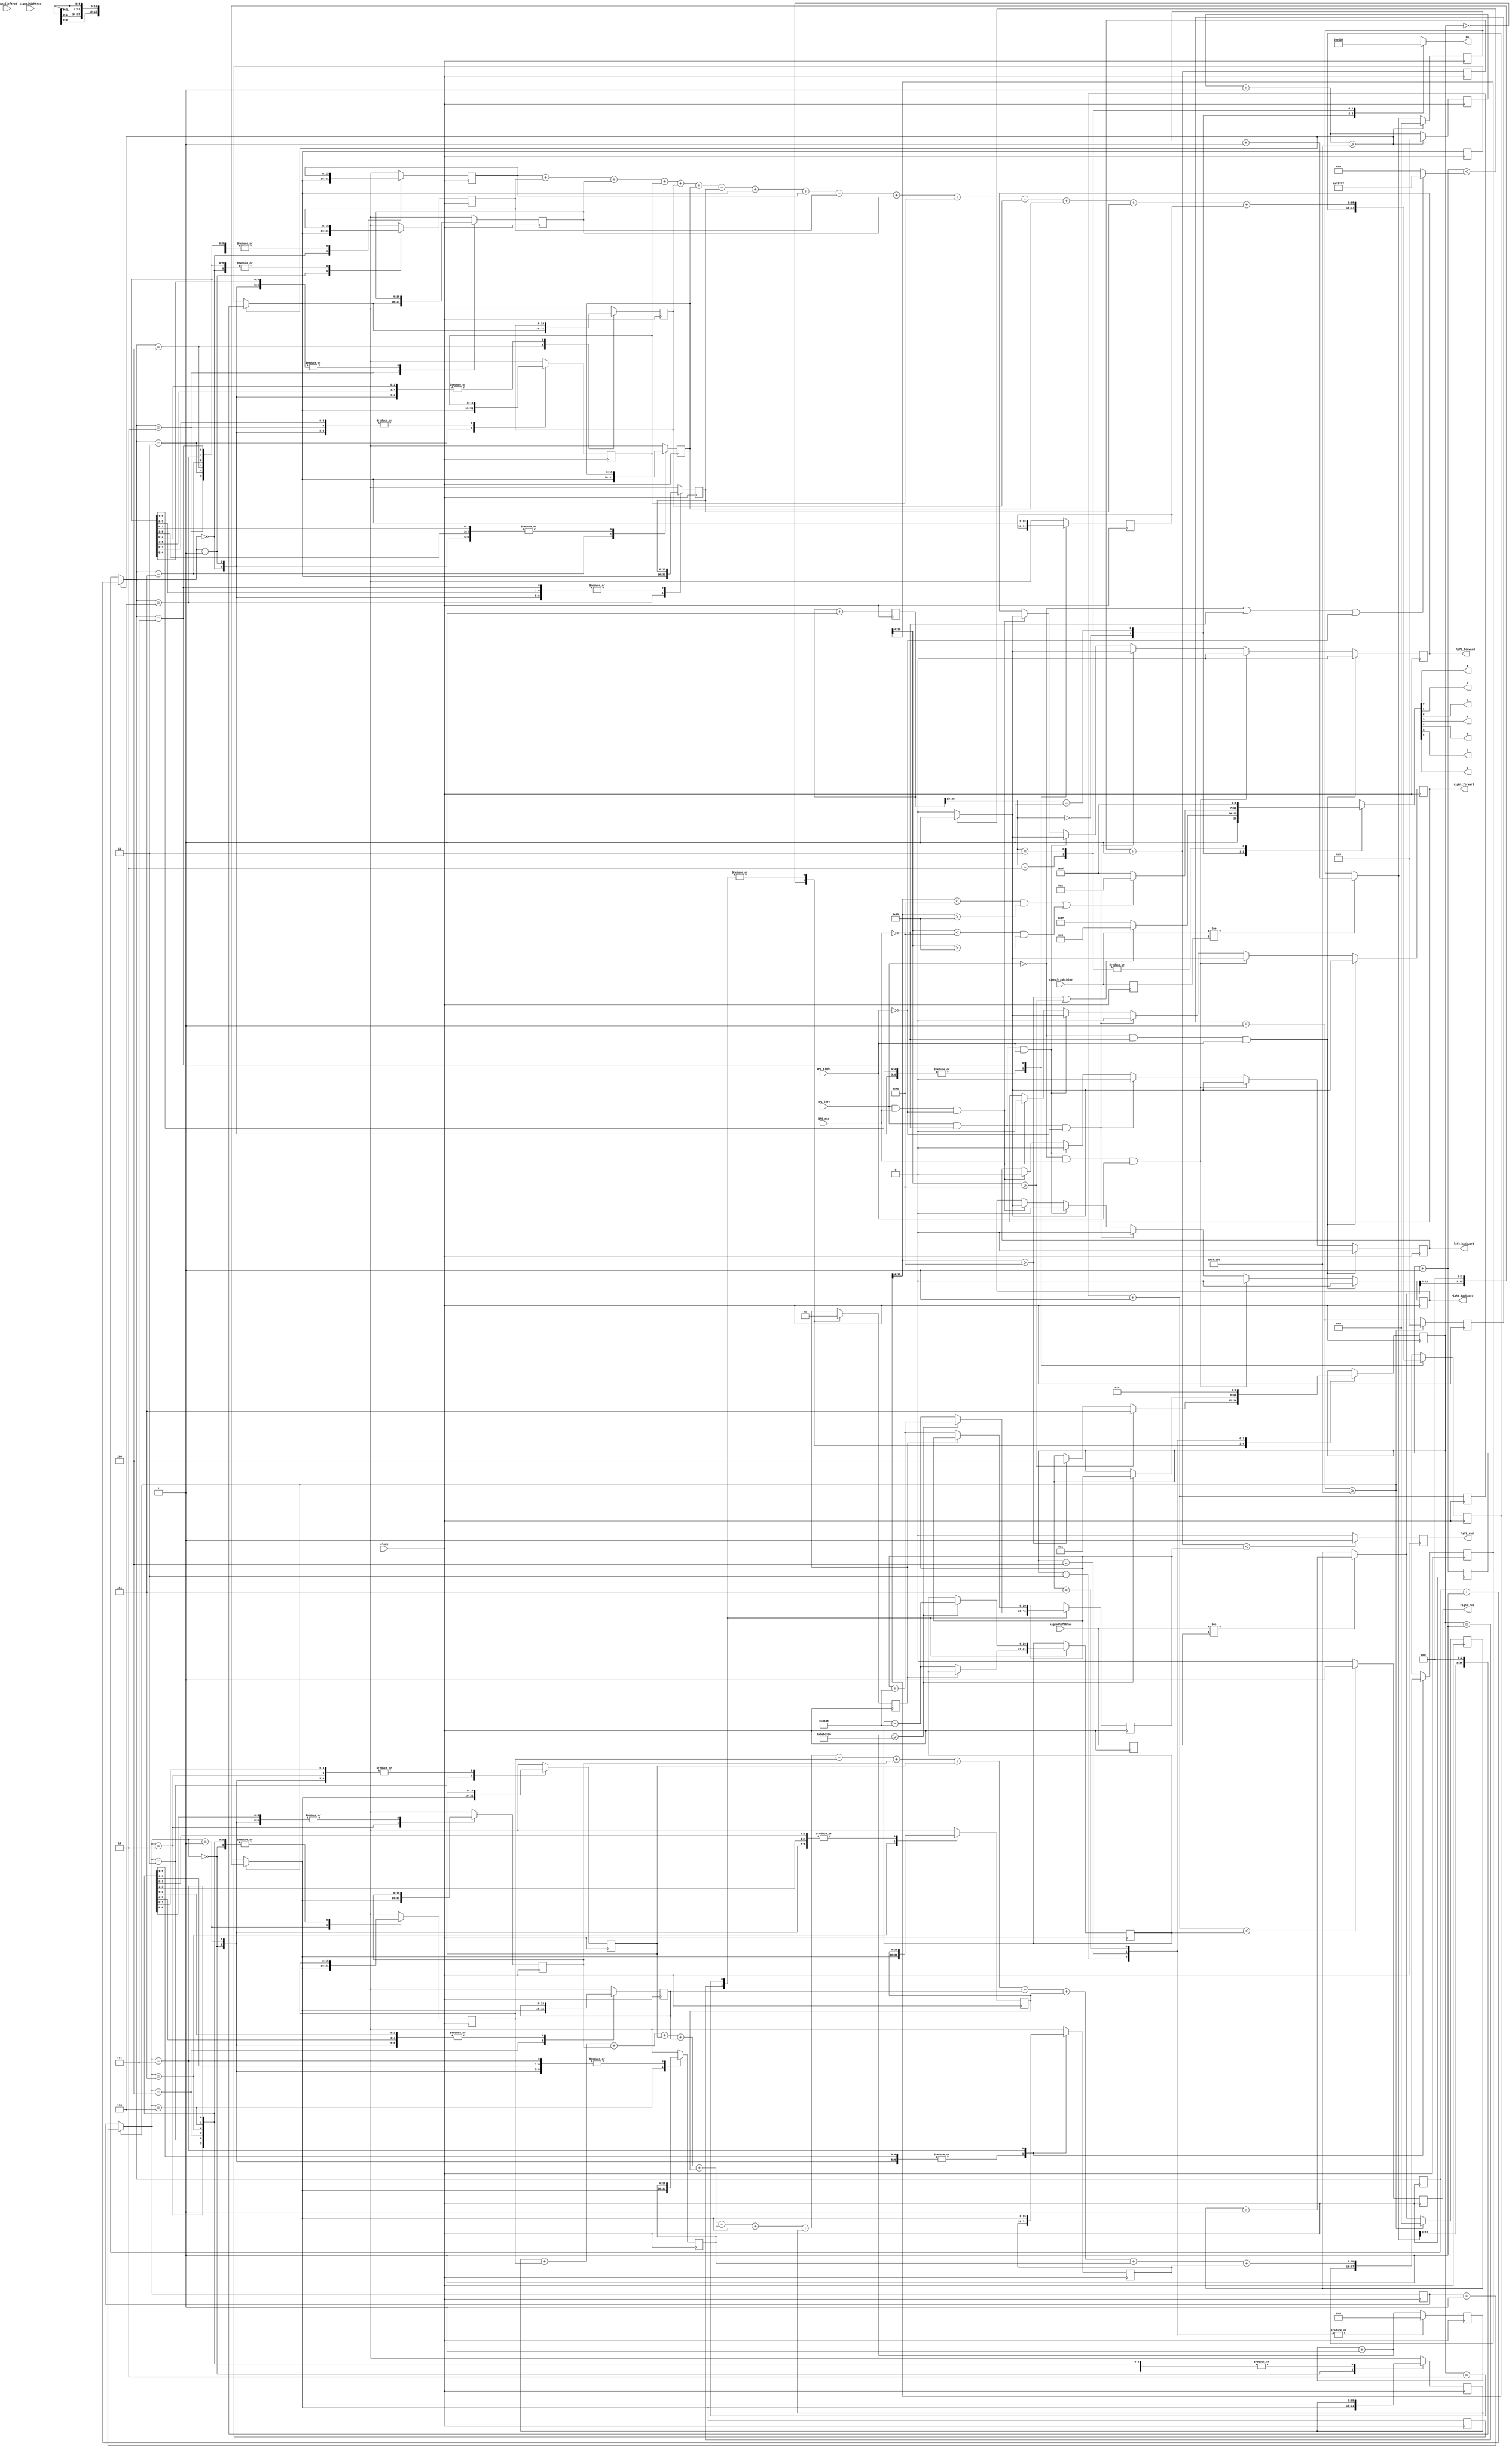
`timescale 1ns / 1ps
//////////////////////////////////////////////////////////////////////////////////
module FreqCounter(

//////////////////////////////////////////////////////////////////////////////////
//INPUTS AND OUTPUTS, INTANTIATING VARIABLES
//////////////////////////////////////////////////////////////////////////////////	 
	 //Clock input from basys
	 input clock,
	 //IPS inputs
	 input IPS_left,
     input IPS_mid,
     input IPS_right,
	 //PT inputs
	 input signalleftred,
	 input signalleftblue,
	 input signalrightred,
	 input signalrightblue,	 
	 //servo outputs	 
	 output right_red,
	 output left_red,
	 //rover chasis outputs		 
	 output left_forward,
     output left_backward,
     output right_forward,
     output right_backward,
	 // sseg outputs
	 output a, b, c, d, e, f, g, //the individual LED output for the seven segment
     output [3:0]an
    );

//////////////////////////////////////////////////////////////////////////////////
    //REGISTERS, INITIAL TEMP VALUES TO BE ALTERED IN CODE
//////////////////////////////////////////////////////////////////////////////////
parameter countToR = 55000000; //50,000,000 is about 1 sec
parameter countToL = 55000000; //50,000,000 is about 1 sec
parameter Delay = 200000000;

//Set up registers
// These registers are used to set temp values, count, avg, and tie the frequency to the output
reg [15:0] right_red_freq_count;
reg [15:0] left_red_freq_count;
reg [15:0] right_blue_freq_count;
reg [15:0] left_blue_freq_count;
reg [15:0] freq_outR;
reg [15:0] freqHold0R;
reg [15:0] freqHold1R;
reg [15:0] freqHold2R;
reg [15:0] freqHold3R;
reg [15:0] freqHold4R;
reg [15:0] freqHold5R;
reg [15:0] freqHold6R;
reg [15:0] freqHold7R;
reg [15:0] freqHold8R;
reg [15:0] freqHold9R;
reg [15:0] freqHold10R;
reg [15:0] freqHold11R;
reg [15:0] freqHold12R;
reg [15:0] freqHold13R;
reg [15:0] freqHold14R;
reg [15:0] freqHold15R;

reg [15:0] freq_outL;
reg [15:0] freqHold0L;
reg [15:0] freqHold1L;
reg [15:0] freqHold2L;
reg [15:0] freqHold3L;
reg [15:0] freqHold4L;
reg [15:0] freqHold5L;
reg [15:0] freqHold6L;
reg [15:0] freqHold7L;
reg [15:0] freqHold8L;
reg [15:0] freqHold9L;
reg [15:0] freqHold10L;
reg [15:0] freqHold11L;
reg [15:0] freqHold12L;
reg [15:0] freqHold13L;
reg [15:0] freqHold14L;
reg [15:0] freqHold15L;

reg temp_right_red;
reg temp_left_red;

// counters for frequency and servos
reg [25:0] fcountR;
reg [25:0] fcountL;

reg [20:0] scounterR;
reg [20:0] scounterL;

reg [20:0] dcounter;

//servo pule widths
reg [20:0] swidthR;
reg [20:0] swidthL;

//This register is used for comparison of the signal from cycle to cycle
reg old_sig1;
reg old_sig2;
reg old_sig3;
reg old_sig4;

//this register used to debounce the incoming signal
reg [4:0] debounce_sig1;
reg [4:0] debounce_sig2;
reg [4:0] debounce_sig3;
reg [4:0] debounce_sig4;


//this register is used to keep track of different readings over time
reg [2:0] avClkR;
reg [2:0] avClkL;


reg [18:0] freqTempR;
reg [18:0] freqTempL;

// 7 segment display temp values
reg [3:0]temp_an;
reg [6:0]temp_sseg;

reg [19:0] mcounter;  
reg [19:0] mwidth;    

reg temp_left_forward;      // temporary outputs
reg temp_left_backward;      
reg temp_right_forward;
reg temp_right_backward;

reg [2:0] state;
reg [27:0] servodelaycount;
reg incflag;


/////////////////////////////////////////////////////////////////////////
    //Initializing regs to 0 to prevent float error
/////////////////////////////////////////////////////////////////////////
initial begin
	fcountR = 26'b0;
	fcountL = 26'b0;
	scounterR = 21'b0;
	scounterL = 21'b0;
	dcounter = 21'b0;
	swidthR = 21'd225000;
	swidthL = 21'd60000;
	old_sig1 = 1'b0;
	old_sig2 = 1'b0;
	old_sig3 = 1'b0;
	old_sig4 = 1'b0;
	freq_outR = 16'b0;
	freq_outL = 16'b0;
	right_red_freq_count = 16'b0;
	left_red_freq_count = 16'b0;
	right_blue_freq_count = 16'b0;
	left_blue_freq_count = 16'b0;
	avClkR = 3'b0;
	freqTempR = 19'b0;	
	freqHold0R = 16'b0;
	freqHold1R = 16'b0;
	freqHold2R = 16'b0;
	freqHold3R = 16'b0;
	freqHold4R = 16'b0;
	freqHold5R = 16'b0;
	freqHold6R = 16'b0;
	freqHold7R = 16'b0;
	freqHold8R = 16'b0;
	freqHold9R = 16'b0;
	freqHold10R = 16'b0;
	freqHold11R = 16'b0;
	freqHold12R = 16'b0;
	freqHold13R = 16'b0;
	freqHold14R = 16'b0;
	freqHold15R = 16'b0;
    avClkL = 3'b0;
    freqTempL = 19'b0;
    freqHold0L = 16'b0;
    freqHold1L = 16'b0;
    freqHold2L = 16'b0;
    freqHold3L = 16'b0;
    freqHold4L = 16'b0;
    freqHold5L = 16'b0;
    freqHold6L = 16'b0;
    freqHold7L = 16'b0;
    freqHold8L = 16'b0;
    freqHold9L = 16'b0;
    freqHold10L = 16'b0;
    freqHold11L = 16'b0;
    freqHold12L = 16'b0;
    freqHold13L = 16'b0;
    freqHold14L = 16'b0;
    freqHold15L = 16'b0;
	temp_an = 4'b0;
	debounce_sig1 = 5'b0;
	debounce_sig2 = 5'b0;
	debounce_sig3 = 5'b0;
	debounce_sig4 = 5'b0;
	temp_sseg = 0;
	mcounter = 0;
    mwidth = 0;
    temp_left_forward = 0;
    temp_left_backward = 0;
    temp_right_forward = 0;
    temp_right_backward = 0;
    state = 3'b0;
    servodelaycount = 28'b0;
    incflag = 1'b0;
end

//////////////////////////////////////////////////////////////////////////////////
    //FREQUENCY DETECTION AND AVERAGING
//////////////////////////////////////////////////////////////////////////////////
always @(posedge clock) begin
	//Increment count once per up clock edge
	fcountR = fcountR + 1;
	fcountL = fcountL + 1;
	scounterR = scounterR + 1;
	scounterL = scounterL + 1;
	dcounter = dcounter + 1;

	//shift the signal into debounce_sig up to 8 bits
	debounce_sig1[0] = signalleftred;
	debounce_sig2[0] = signalleftblue;
	debounce_sig3[0] = signalrightred;
	debounce_sig4[0] = signalrightblue;
	debounce_sig1 = debounce_sig1 << 1;
	debounce_sig2 = debounce_sig2 << 1;
	debounce_sig3 = debounce_sig3 << 1;
	debounce_sig4 = debounce_sig4 << 1;


	//If debounce_sig is filled with ones or zeros
	if ((&debounce_sig1) | (~&debounce_sig1))begin
		if ((signalleftred != old_sig1)) begin
			left_red_freq_count = left_red_freq_count +1;
		end
	end
	if ((&debounce_sig2) | (~&debounce_sig2))begin
        if ((signalleftblue != old_sig2)) begin
            left_blue_freq_count = left_blue_freq_count +1;
        end
    end	
	if ((&debounce_sig3) | (~&debounce_sig3))begin
        if ((signalrightred != old_sig3)) begin
            right_red_freq_count = right_red_freq_count +1;
        end
    end
	if ((&debounce_sig4) | (~&debounce_sig4))begin
        if ((signalrightblue != old_sig4)) begin
            right_blue_freq_count = right_blue_freq_count +1;
        end
    end        

	//When the count is at approximately 1 sec (as close as the clock will get)
	// output the shifted count and reset values counts to 0
	if (fcountR >= (countToR >> 4)) begin
		freq_outR = right_red_freq_count << 3;// >> 1;			
		freq_outR = right_blue_freq_count << 3;// >> 1;			
		fcountR = 0;
		right_red_freq_count = 0;		
		right_blue_freq_count = 0;
		avClkR = avClkR + 1;
	end
	
	case (avClkR)
            0 : freqHold0R = freq_outR;
            1 : freqHold1R = freq_outR;
            2 : freqHold2R = freq_outR;
            3 : freqHold3R = freq_outR;
            4 : freqHold4R = freq_outR;
            5 : freqHold5R = freq_outR;
            6 : freqHold6R = freq_outR;
            7 : begin
                    freqHold7R = freq_outR;
                    //Adding all frequency readings
                    freqTempR = freqHold0R + freqHold1R + freqHold2R + freqHold3R +freqHold4R + freqHold5R + freqHold6R + freqHold7R+freqHold8R + freqHold9R + freqHold10R + freqHold11R +freqHold12R + freqHold13R + freqHold14R + freqHold15R;
                 end
    
          default :;
      endcase
		
	if (fcountL >= (countToL >> 4)) begin		
		freq_outL = left_red_freq_count << 3;// >> 1;				
		freq_outL = left_blue_freq_count << 3;// >> 1;		
		fcountL = 0;		
		left_red_freq_count = 0;		
		left_blue_freq_count = 0;
		avClkL = avClkL + 1;
	end
	
    case (avClkL)
		0 : freqHold0L = freq_outL;
		1 : freqHold1L = freq_outL;
		2 : freqHold2L = freq_outL;
		3 : freqHold3L = freq_outL;
		4 : freqHold4L = freq_outL;
		5 : freqHold5L = freq_outL;
		6 : freqHold6L = freq_outL;
		7 : begin
				freqHold7L = freq_outL;
				//Adding all frequency readings
				freqTempL = freqHold0L + freqHold1L + freqHold2L + freqHold3L +freqHold4L + freqHold5L + freqHold6L + freqHold7L + freqHold8L + freqHold9L + freqHold10L + freqHold11L +freqHold12L + freqHold13L + freqHold14L + freqHold15L;
			 end

		default :;
	endcase


	//Setting up old signal for next clock pulse comparison
	old_sig1 = signalleftred;
	old_sig2 = signalleftblue;
	old_sig3 = signalrightred;
	old_sig4 = signalrightblue;



	//Holding old readings to mix with new
	freqHold8R = freqHold0R;
	freqHold9R = freqHold1R;
	freqHold10R = freqHold2R;
	freqHold11R = freqHold3R;
	freqHold12R = freqHold4R;
	freqHold13R = freqHold5R;
	freqHold14R = freqHold6R;
	freqHold15R = freqHold7R;

    freqHold8L = freqHold0L;
    freqHold9L = freqHold1L;
    freqHold10L = freqHold2L;
    freqHold11L = freqHold3L;
    freqHold12L = freqHold4L;
    freqHold13L = freqHold5L;
    freqHold14L = freqHold6L;
    freqHold15L = freqHold7L;

//////////////////////////////////////////////////////////////////////////////////
    //SHOOTING CONDITIONALS BASED ON FREQUENCY
//////////////////////////////////////////////////////////////////////////////////
    if (scounterR < swidthR) begin        
        temp_right_red <= 1;
    end
    else begin
        temp_right_red <= 0;
    end

    if (scounterL < swidthL) begin        
        temp_left_red <= 1;
    end
    else begin
        temp_left_red <= 0;
    end
// end of posedge clock begin    
end

//////////////////////////////////////////////////////////////////////////////////
    //MOVEMENT CONDITIONALS FROM IPS INPUTS
//////////////////////////////////////////////////////////////////////////////////    
    always @ (posedge clock) begin

        mcounter = mcounter + 1;  //increment counter every clock cycle

        if (IPS_left == 1 && IPS_mid == 1 && IPS_right == 0) begin              

            temp_left_backward <= 0;
            temp_right_forward <= 0;            

            if (mcounter < mwidth) begin
                temp_left_forward <= 1;
                temp_right_backward <= 1;
              end 

            else begin
                temp_left_forward <= 0;
                temp_right_backward <= 0;
              end            
        end


        if (IPS_left == 1 && IPS_mid == 0 && IPS_right == 1) begin              

            temp_left_backward <= 0;
            temp_right_backward <= 0;            

            if (mcounter < mwidth) begin
                temp_left_forward <= 1;
                temp_right_forward <= 1;
              end 

            else begin
                temp_left_forward <= 0;
                temp_right_forward <= 0;
              end            
        end

        if (IPS_left == 1 && IPS_mid == 0 && IPS_right == 0) begin              

            temp_left_backward <= 0;
            temp_right_forward <= 0;            
            temp_right_backward <= 0;

            if (mcounter < mwidth) begin
                temp_left_forward <= 1;                
              end 

            else begin
                temp_left_forward <= 0;                
              end            
        end 

        if (IPS_left == 0 && IPS_mid == 1 && IPS_right == 1) begin              

            temp_left_forward <= 0;
            temp_right_backward <= 0;            

            if (mcounter < mwidth) begin
                temp_left_backward <= 1;
                temp_right_forward <= 1;
              end 

            else begin
                temp_left_backward <= 0;
                temp_right_forward <= 0;
              end            
        end          


        if (IPS_left == 0 && IPS_mid == 0 && IPS_right == 1) begin              

            temp_left_forward <= 0;
            temp_left_backward <= 0;                        
            temp_right_backward <= 0;

            if (mcounter < mwidth) begin
                temp_right_forward <= 1;                
              end 

            else begin
                temp_right_forward <= 0;                
              end            
        end 

    //end of IPS test
    end

//////////////////////////////////////////////////////////////////////////////////
    //SETTING PULSE WIDTH FOR MOVEMENT AND SERVO
//////////////////////////////////////////////////////////////////////////////////    
    always @ (*) begin

         if (IPS_left == 0 || IPS_mid == 0 || IPS_right == 0) begin   
             //width = 20'd524075;     // 50% duty cycle
             mwidth = 20'd1048575;
              //width = 5'd15;  
         end
         else begin               
             mwidth = 20'd0;     // 0% duty cycle
         end
 
       end
       
//////////////////////////////////////////////////////////////////////////////////
     //STATE MACHINE FOR SHOOTER PINS
////////////////////////////////////////////////////////////////////////////////// 
       
       always @(posedge clock) begin
            servodelaycount = servodelaycount + 1;
            case(state)
                3'b000: begin
                    incflag = 0;
                    if (((freqTempR >> 4) >= 250)) begin
                        state = 3'b100;
                    end
                    if (((freqTempL >> 4) >= 250)) begin
                        state = 3'b101;
                    end
                end    
                3'b001: begin 
                    
                    if (incflag == 0) begin
                        swidthR = swidthR - 21'd55000;
                        incflag = 1;
                    end
                    if (servodelaycount>=Delay)begin
                        swidthL = swidthL + 21'd55000;
                        state = 3'b011;
                    end
                end
                3'b010: begin
                    
                    if (incflag == 0) begin
                        swidthL = swidthL + 21'd55000;
                        incflag = 1;
                    end
                    if (servodelaycount>=Delay)begin
                        swidthR = swidthR - 21'd55000;
                        state = 3'b011;
                    end
                end
                3'b011: begin
                    servodelaycount = 0;
                    state = 3'b000;
                end 
                3'b100: begin
                    servodelaycount = 0;
                    state = 3'b001;
                end  
                3'b101: begin
                    servodelaycount = 0;
                    state = 3'b010;
                end           
           
           
           endcase
       end
                                       
//////////////////////////////////////////////////////////////////////////////////
    //SEVEN SEGMENT DISPLAY MULTIPLEXING
//////////////////////////////////////////////////////////////////////////////////                          
always @ (*) begin      

     case(dcounter[20:19])               
               2'b00 :  //When the 2 MSB's are 00 enable the fourth display
                begin                 
                 temp_an = 4'b1110;
                  if (((freqTempR >> 4) >= 250) || ((freqTempL >> 4) >= 250)) begin
                    temp_sseg = 7'b1000110;  // displays "C"
                  end
                  else begin
                    temp_sseg = 7'b1111111;  //displays "-"
                  end
                end

              2'b01:  //When the 2 MSB's are 01 enable the third display
                begin
                temp_an = 4'b1101;
                    if ((((freqTempR >> 4) < 250) &&  ((freqTempR >> 4) > 25)) || (((freqTempL >> 4) < 250) && ((freqTempL >> 4) > 25))) begin
                        temp_sseg = 7'b0001110; // displays "F"
                    end 
                    else begin
                        temp_sseg = 7'b1111111; // displays "-"
                    end
                end 
                              
               2'b10:  //When the 2 MSB's are 10 enable the second display
                begin
                 temp_an = 4'b1011;
                 temp_sseg = 7'b1111111;   //turns off diaplay
                end

               2'b11:  //When the 2 MSB's are 11 enable the first display
                begin
                 temp_an = 4'b0111;                 
                 temp_sseg = 7'b1111111;  //turns off display
                end
    endcase

end

//////////////////////////////////////////////////////////////////////////////////
     //ASSIGNING FINAL TEMP VARIABLES
//////////////////////////////////////////////////////////////////////////////////	

  assign right_red = temp_right_red;
  assign left_red = temp_left_red;
  assign an = temp_an;
  assign {g, f, e, d, c, b, a} = temp_sseg;
  assign left_forward = temp_left_forward;
  assign left_backward = temp_left_backward;
  assign right_forward = temp_right_forward;        
  assign right_backward = temp_right_backward;

// END OF PROGRAM			
endmodule